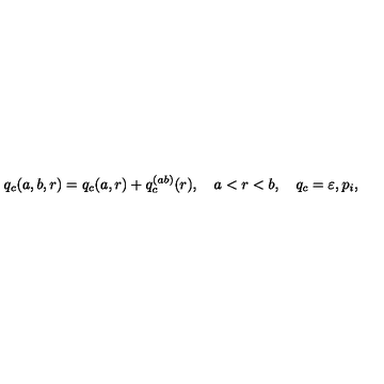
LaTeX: q _ { c } ( a , b , r ) = q _ { c } ( a , r ) + q _ { c } ^ { ( a b ) } ( r ) , \quad a < r < b , \quad q _ { c } = \varepsilon , p _ { i } ,